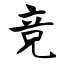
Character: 竞